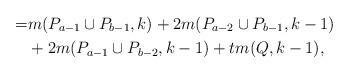
LaTeX: \begin{align*} =&m(P_{a-1}\cup P_{b-1},k)+2m(P_{a-2}\cup P_{b-1},k-1)\\&+2m(P_{a-1}\cup P_{b-2},k-1)+tm(Q,k-1),\end{align*}